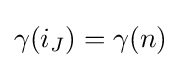
\gamma (i_{J})=\gamma (n)